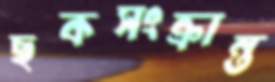
ছকসংক্রান্ত